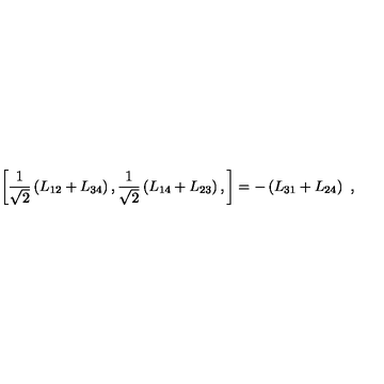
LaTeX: \left[ \frac { 1 } { \sqrt { 2 } } \left( L _ { 1 2 } + L _ { 3 4 } \right) , \frac { 1 } { \sqrt { 2 } } \left( L _ { 1 4 } + L _ { 2 3 } \right) , \right] = - \left( L _ { 3 1 } + L _ { 2 4 } \right) \ ,